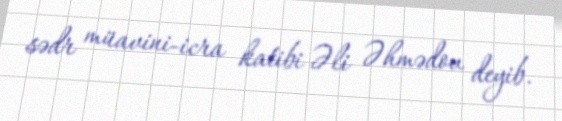
sədr müavini-icra katibi Əli Əhmədov deyib.